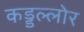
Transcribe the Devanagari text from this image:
कड्डल्लोर